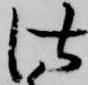
仕